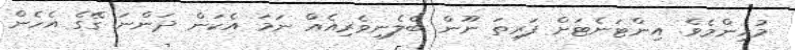
މުހިންމެވެ. އިންޓަނެޓަށް ފަރިތަ ނޫން ބެލެނިވެރިއެއް ނަމަ އެކަން ދަންނަ ގޭގެ އެހެން